Vaccination report Assam 1874-1896 - 1874-1896
Year: 1874
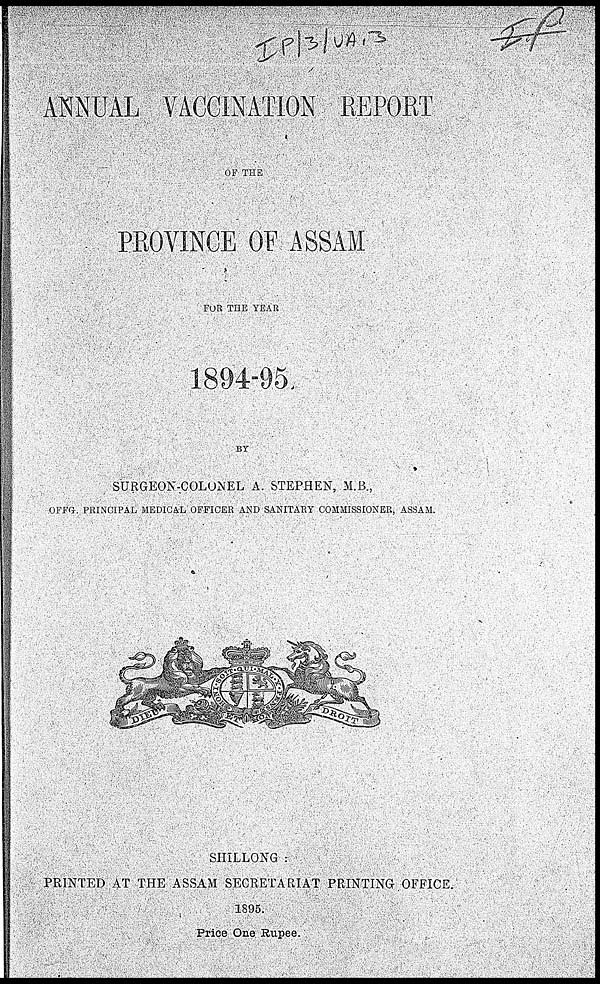
ANNUAL VACCINATION REPORT
OF THE
PROVINCE OF ASSAM
FOR THE YEAR
1894-95.
BY
SURGEON-COLONEL A. STEPHEN, M.B.,
OEFG PRINCIPAL MEDICAL OFFICER AND SANITARY COMMISSIONER, ASSAM.
SHILLONG :
PRINTED AT THE ASSAM SECRETARIAT PRINTING OFFICE.
1895.
Price One Rupee.